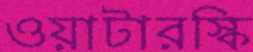
ওয়াটারস্কি